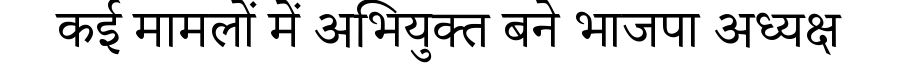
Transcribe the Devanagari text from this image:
कई मामलों में अभियुक्त बने भाजपा अध्यक्ष